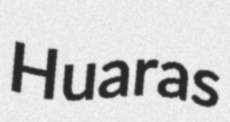
Huaras